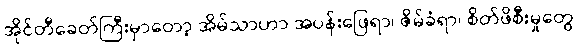
အိုင်တီခေတ်ကြီးမှာတော့ အိမ်သာဟာ အပန်းဖြေရာ၊ ဇိမ်ခံရာ၊ စိတ်ဖိစီးမှုတွေ